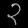
Digit: ၃